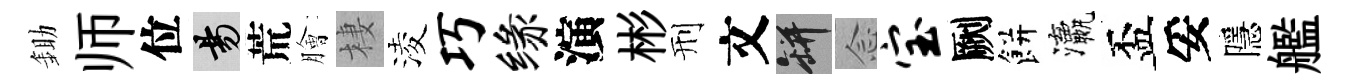
鋤师位昜荒膾棲淩巧缘演彬刑文瓶𫝹宝劂餅瀛盃妥隱艦